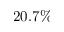
2 0 . 7 \%